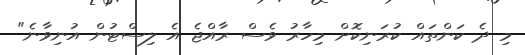
މި ދެ ކަންތައް ކުރަނިކޮށް މިހާރު ވެސް ރާއްޖެ އެ ލިސްޓުން އުނިވާނެ"